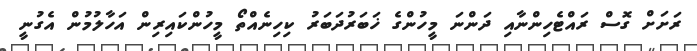
ރަށަށް ގޮސް ރައްޓެހިންނާއި ދަންނަ މީހުންގެ ޚަބަރުދަބަރު ކިހިނެއްތޯ މީހުންކައިރިން އަހާލުމުން އެގުނީ